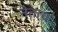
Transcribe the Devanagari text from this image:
नेताच